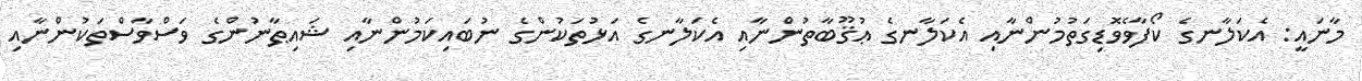
މާނައީ: އެކަލާނގެ ކޯފާވެވޮޑިގަތުމުންނާއި އެކަލާނގެ ޢުޤޫބާތުންނާއި އެކަލާނގެ އަޅުތަކުންގެ ނުބައިކަމުންނާއި ޝައިޠާނުންގެ ވަސްވާސްތަކުންނާއި